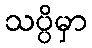
သပ္ပိမှာ